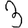
Digit: 3